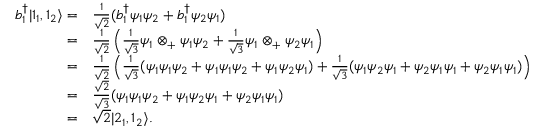
{ \begin{array} { r l } { b _ { 1 } ^ { \dagger } | 1 _ { 1 } , 1 _ { 2 } \rangle = } & { { \frac { 1 } { \sqrt { 2 } } } ( b _ { 1 } ^ { \dagger } \psi _ { 1 } \psi _ { 2 } + b _ { 1 } ^ { \dagger } \psi _ { 2 } \psi _ { 1 } ) } \\ { = } & { { \frac { 1 } { \sqrt { 2 } } } \left( { \frac { 1 } { \sqrt { 3 } } } \psi _ { 1 } \otimes _ { + } \psi _ { 1 } \psi _ { 2 } + { \frac { 1 } { \sqrt { 3 } } } \psi _ { 1 } \otimes _ { + } \psi _ { 2 } \psi _ { 1 } \right) } \\ { = } & { { \frac { 1 } { \sqrt { 2 } } } \left( { \frac { 1 } { \sqrt { 3 } } } ( \psi _ { 1 } \psi _ { 1 } \psi _ { 2 } + \psi _ { 1 } \psi _ { 1 } \psi _ { 2 } + \psi _ { 1 } \psi _ { 2 } \psi _ { 1 } ) + { \frac { 1 } { \sqrt { 3 } } } ( \psi _ { 1 } \psi _ { 2 } \psi _ { 1 } + \psi _ { 2 } \psi _ { 1 } \psi _ { 1 } + \psi _ { 2 } \psi _ { 1 } \psi _ { 1 } ) \right) } \\ { = } & { { \frac { \sqrt { 2 } } { \sqrt { 3 } } } ( \psi _ { 1 } \psi _ { 1 } \psi _ { 2 } + \psi _ { 1 } \psi _ { 2 } \psi _ { 1 } + \psi _ { 2 } \psi _ { 1 } \psi _ { 1 } ) } \\ { = } & { { \sqrt { 2 } } | 2 _ { 1 } , 1 _ { 2 } \rangle . } \end{array} }